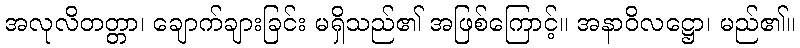
အလုလိတတ္တာ၊ ချောက်ချားခြင်း မရှိသည်၏ အဖြစ်ကြောင့်။ အနာဝိလဋ္ဌော၊ မည်၏။